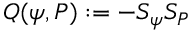
Q ( \psi , P ) : = - S _ { \psi } S _ { P } \,